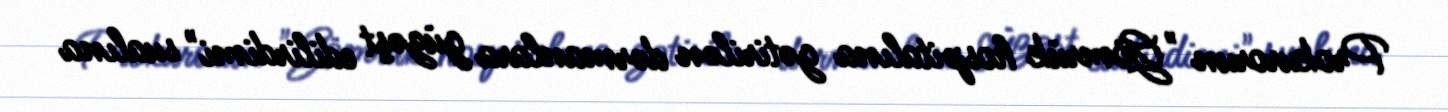
Prokurorun "Gömrük hospitalına gətirilən dərmanlara güzəşt edilirdimi" sualına